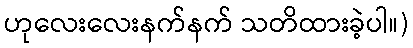
ဟုလေးလေးနက်နက် သတိထားခဲ့ပါ။)